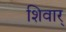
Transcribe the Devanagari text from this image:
शिवार्